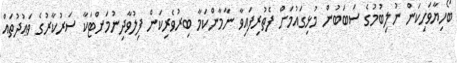
ބޯހިޔާވަހިކަން ނުލިބުމުގެ ސަބަބުން މުޅިގައުމަށް ފެތުރިފައިވާ ނާމާންކަމާ ބިރުވެރިކަން ފިލުވާދިނުމަށްޓަކާ ސަރުކާރުގެ ވަޢުދުތައް